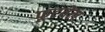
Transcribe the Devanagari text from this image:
फूटवेल